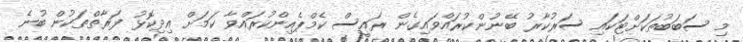
މި ސަބަބުތަކަށްޓަކައި ސަރުކާރު ބޭނުންކުރައްވައިގެން ރައީސް ކެމްޕެއިންކުރައްވާ ކަމަށް އިދިކޮޅު ފަރާތްތަކުން ބުނެ